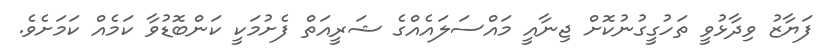
ފަޔާޒު ވިދާޅުވީ ތަހުގީގުނުކޮށް ޖިނާއީ މައްސަލައެއްގެ ޝަރީއަތް ފެށުމަކީ ކަންބޮޑުވާ ކަމެއް ކަމަށެވެ.